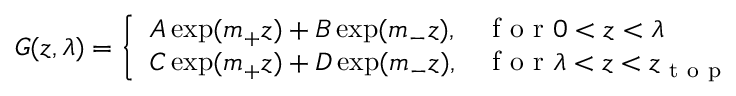
G ( z , \lambda ) = \left\{ \begin{array} { l l } { A \exp ( m _ { + } z ) + B \exp ( m _ { - } z ) , } & { \mathrm { ~ f ~ o ~ r ~ } 0 < z < \lambda } \\ { C \exp ( m _ { + } z ) + D \exp ( m _ { - } z ) , } & { \mathrm { ~ f ~ o ~ r ~ } \lambda < z < z _ { \mathrm { ~ t ~ o ~ p ~ } } } \end{array} \right.